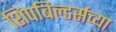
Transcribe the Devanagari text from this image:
शिपबिल्डर्सच्या